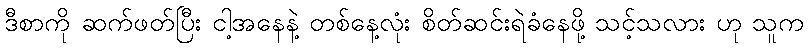
ဒီစာကို ဆက်ဖတ်ပြီး ငါ့အနေနဲ့ တစ်နေ့လုံး စိတ်ဆင်းရဲခံနေဖို့ သင့်သလား ဟု သူက